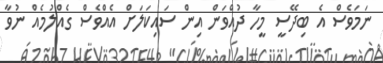
ނަމަވެސް އެ ބިދޭސީ މީހާ ދުއްވަން އިން ސައިކަލަށް އެއްވެސް ގެއްލުމެއް ނުވާ